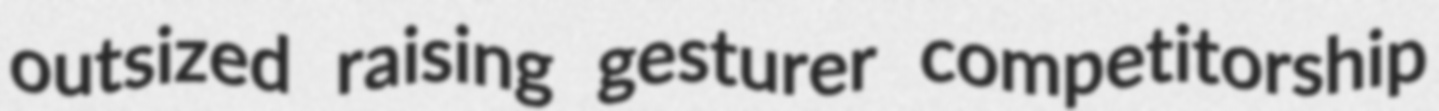
outsized raising gesturer competitorship